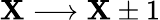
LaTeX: \mathbf{X}\longrightarrow\mathbf{X}\pm1